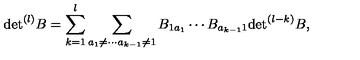
\mathrm { d e t } ^ { ( l ) } B = \sum _ { k = 1 } ^ { l } \sum _ { a _ { 1 } \neq \cdots a _ { k - 1 } \neq 1 } B _ { 1 a _ { 1 } } \cdots B _ { a _ { k - 1 } 1 } \mathrm { d e t } ^ { ( l - k ) } B ,